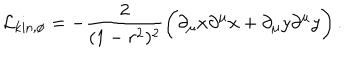
LaTeX: { \cal L } _ { \mathrm { k i n , \ p h i } } = - { \frac { 2 } { ( 1 - r ^ { 2 } ) ^ { 2 } } } \bigg ( \partial _ { \mu } x \partial ^ { \mu } x + \partial _ { \mu } y \partial ^ { \mu } y \bigg ) \, .